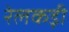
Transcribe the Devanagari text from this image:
रेलकड़ी